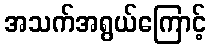
အသက်အရွယ်ကြောင့်